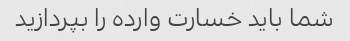
شما باید خسارت وارده را بپردازید